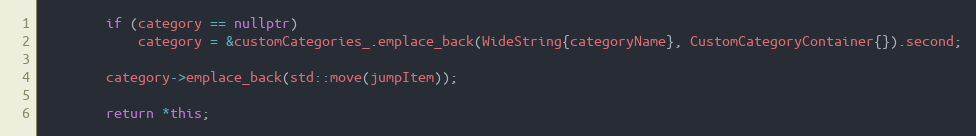
Language: C++
        if (category == nullptr)
            category = &customCategories_.emplace_back(WideString{categoryName}, CustomCategoryContainer{}).second;

        category->emplace_back(std::move(jumpItem));

        return *this;